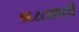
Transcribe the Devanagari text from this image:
१६८८साली